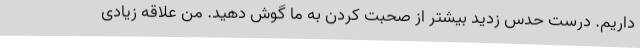
داریم. درست حدس زدید بیشتر از صحبت کردن به ما گوش دهید. من علاقه زیادی